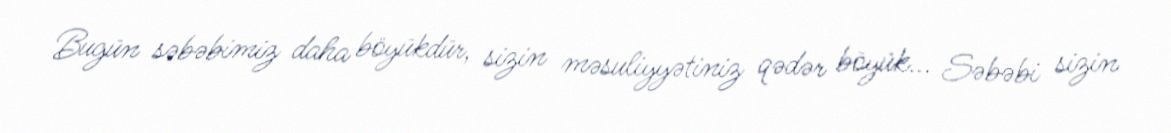
Bugün səbəbimiz daha böyükdür, sizin məsuliyyətiniz qədər böyük... Səbəbi sizin